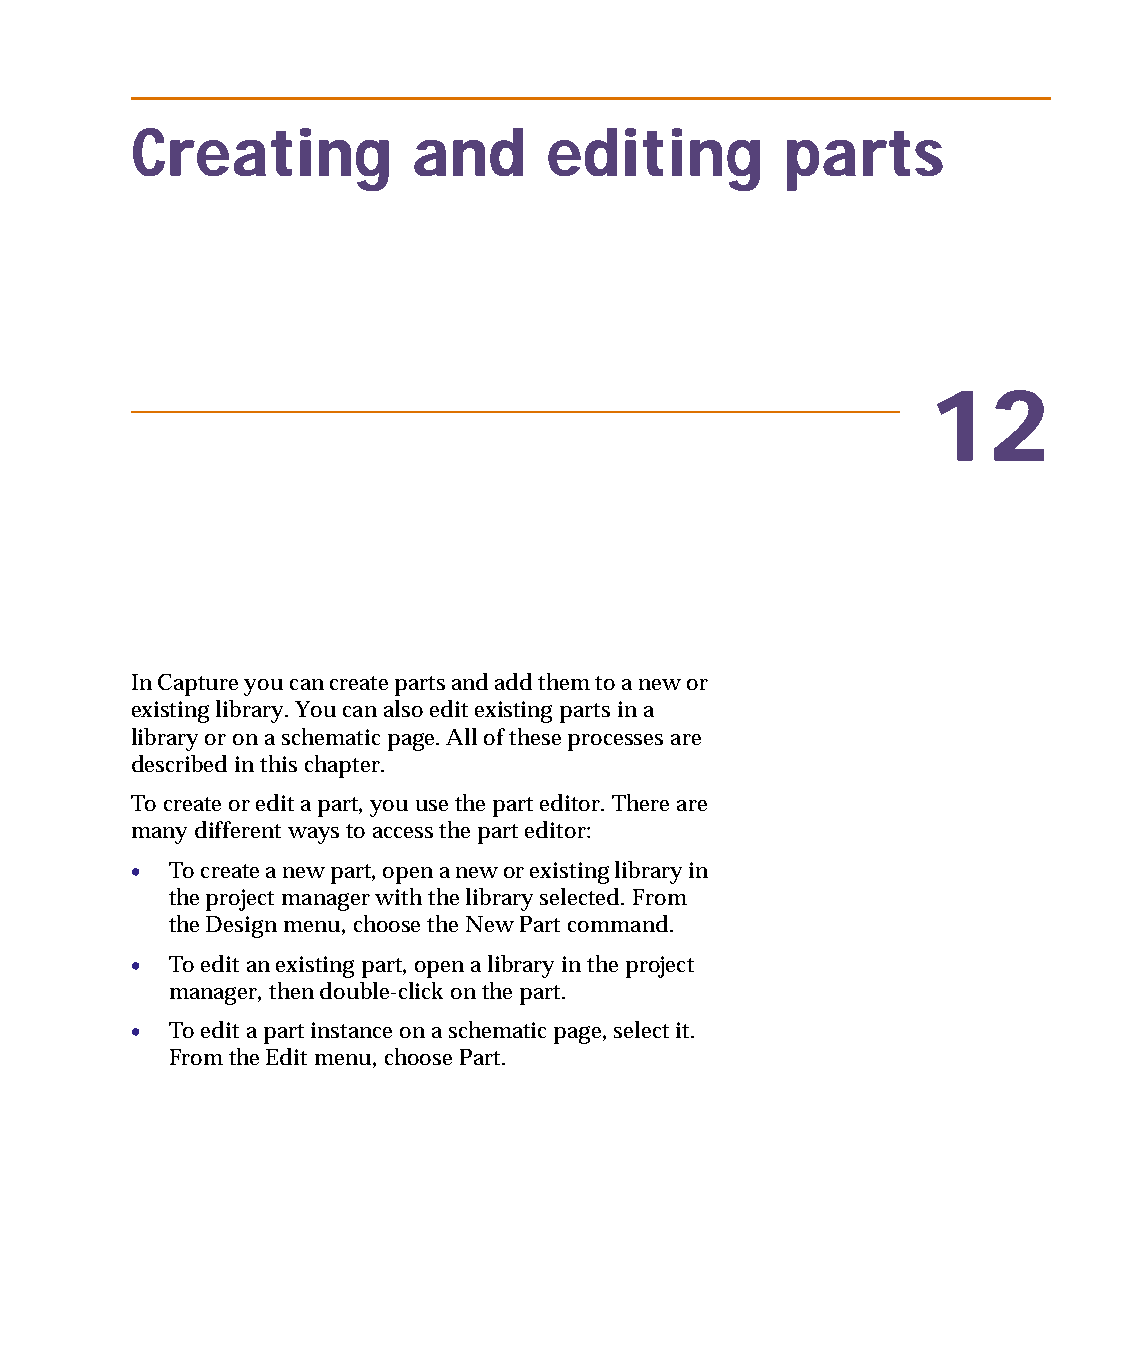
capug.book Page 201 Thursday, November 12, 1998 3:38 PM
 Creating          and      editing         parts
 12
 In Capture you can create parts and add them to a new or
 existing library. You can also edit existing parts in a
 library or on a schematic page. All of these processes are
 described in this chapter.
 To create or edit a part, you use the part editor. There are
 many different ways to access the part editor:
 • To create a new part, open a new or existing library in
 the project manager with the library selected. From
 the Design menu, choose the New Part command.
 • To edit an existing part, open a library in the project
 manager, then double-click on the part.
 • To edit a part instance on a schematic page, select it.
 From the Edit menu, choose Part.